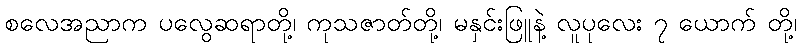
စလေအညာက ပလွေဆရာတို့၊ ကုသဇာတ်တို့၊ မနှင်းဖြူနဲ့ လူပုလေး ၇ ယောက် တို့၊